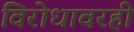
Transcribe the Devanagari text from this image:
विरोधावरही